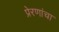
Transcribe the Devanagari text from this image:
प्रेरणांचा